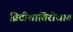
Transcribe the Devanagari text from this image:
ब्रिटीशांविरोधात